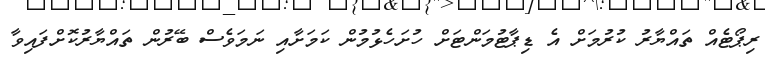
ރިޕޯޓެއް ތައްޔާރު ކުރުމަށް އެ ޑިޕާޓުމަންޓަށް ހުށަހެޅުމުން ކަމަށާއި ނަމަވެސް ބޭރުން ތައްޔާރުކޮށްފައިވާ